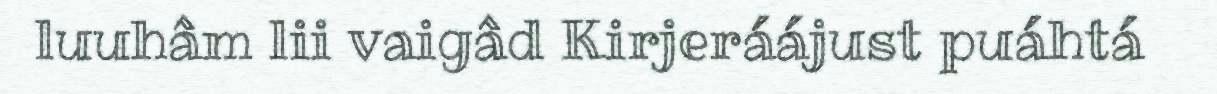
luuhâm lii vaigâd Kirjeráájust puáhtá